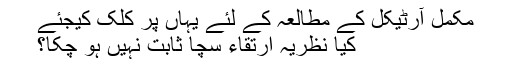
مکمل آرٹیکل کے مطالعہ کے لئے یہاں پر کلک کیجئے
کیا نظریہ ارتقاء سچا ثابت نہیں ہو چکا؟